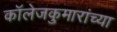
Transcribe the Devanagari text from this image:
कॉलेजकुमारांच्या